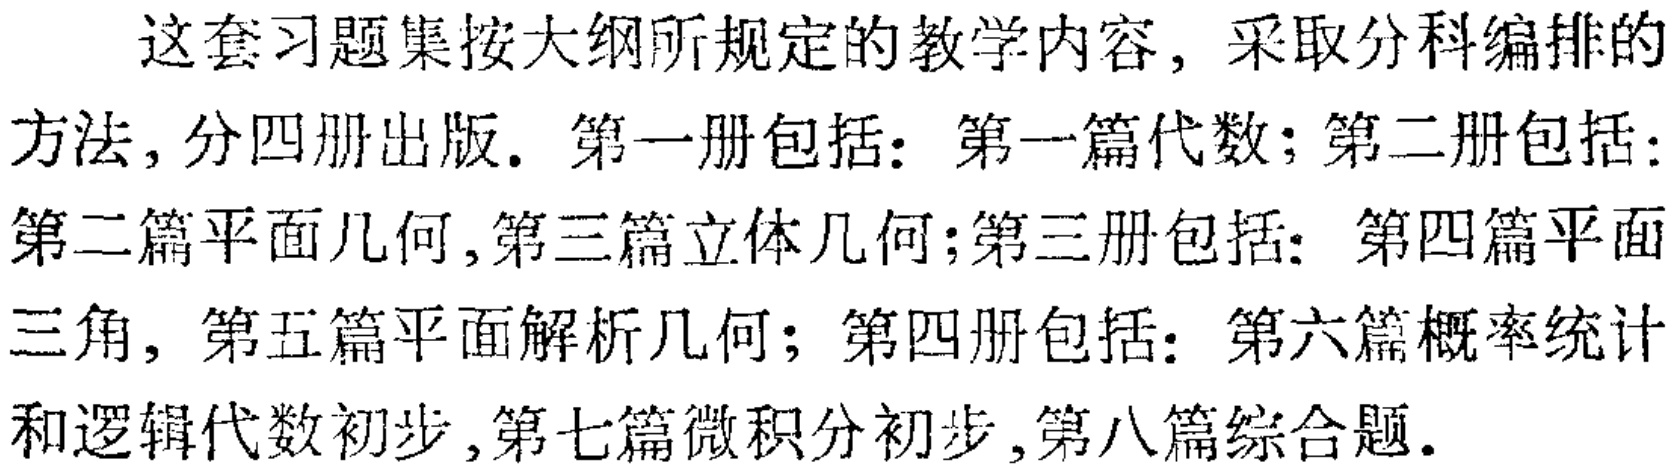
这套习题集按大纲所规定的教学内容，采取分科编排的方法，分四册出版. 第一册包括：第一篇代数；第二册包括：第二篇平面几何,第三篇立体几何;第三册包括：第四篇平面三角，第五篇平面解析几何；第四册包括：第六篇概率统计和逻辑代数初步,第七篇微积分初步,第八篇综合题.